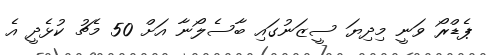
ޕެޑްރޯ ވަނީ މިދިޔަ ސީޒަނުގައި ބާސެލޯނާ އަށް 50 މެޗު ކުޅެދީ އެ